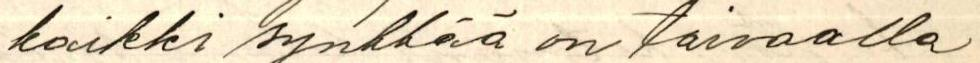
kaikki synkkää on taivaalla